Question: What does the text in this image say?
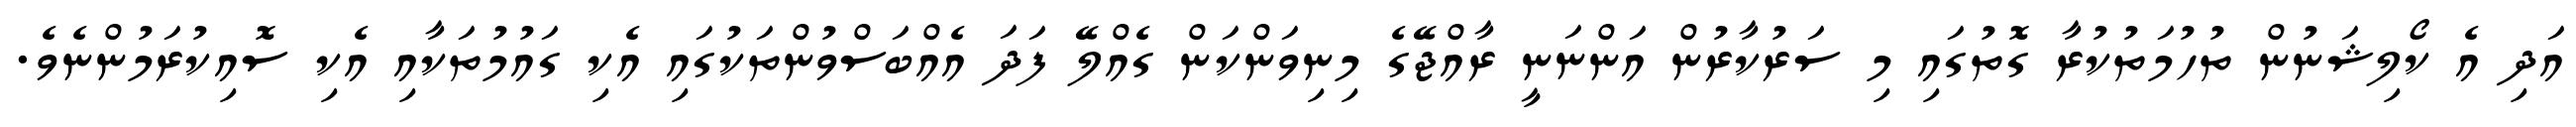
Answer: އަދި އެ ކޯލިޝަނުން ތުހުމަތުކުރާ ގޮތުގައި މި ސަރުކާރުން އަންނަނީ ރާއްޖޭގެ މިނިވަންކަން ގެއްލޭ ފަދަ އެއްބަސްވުންތަކުގައި އެކި ގައުމުތަކާއި އެކި ސޮއިކުރަމުންނެވެ.